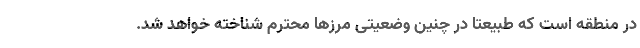
در منطقه است که طبیعتا در چنین وضعیتی مرزها محترم شناخته خواهد شد.